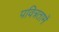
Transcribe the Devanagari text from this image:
पवित्रतामें